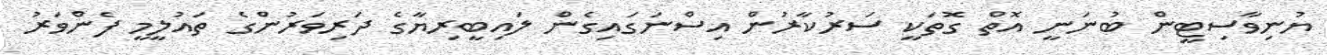
ޔުނިވާސިޓީން ބުނަނީ އޮތް ގޮތަކީ ސަރުކާރުން އިސްނަގައިގެން ލައިބީރިޔާގެ ދަރިވަރުންގެ ތައުލީމީ ފެންވަރު